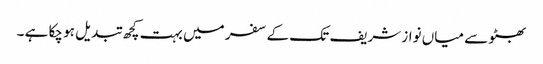
بھٹو سے میاں نواز شریف تک کے سفر میں بہت کچھ تبدیل ہو چکا ہے ۔